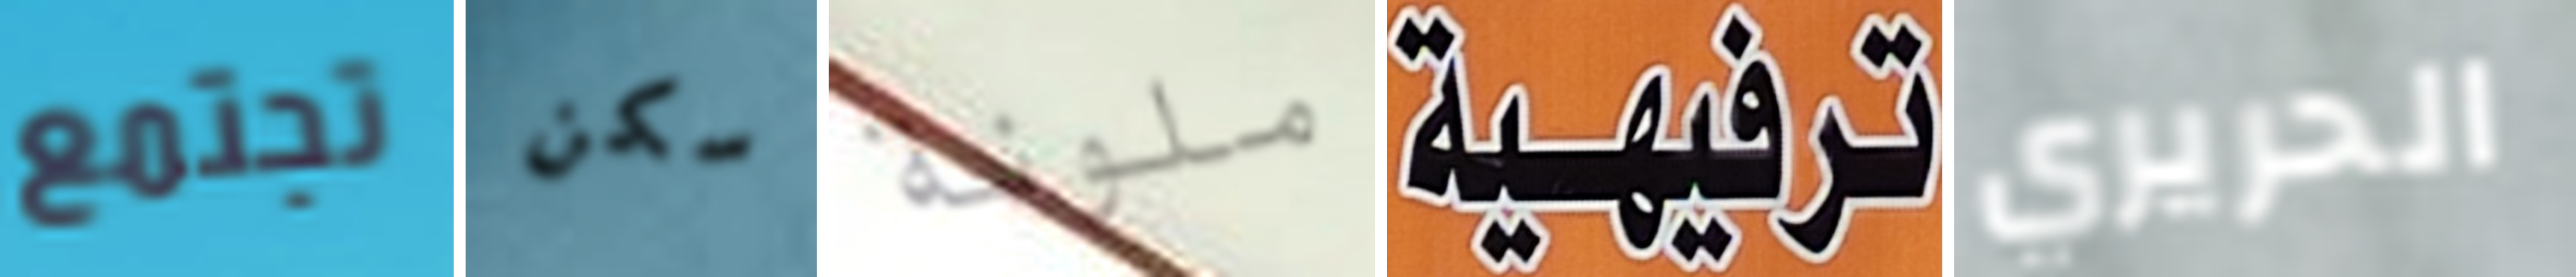
تجتمع سكن ملونة ترفيهية الحريري